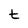
Character: t